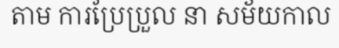
តាម ការប្រែប្រួល នា សម័យកាល